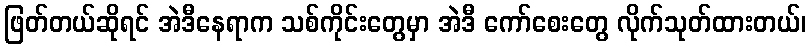
ဖြတ်တယ်ဆိုရင် အဲဒီနေရာက သစ်ကိုင်းတွေမှာ အဲဒီ ကော်စေးတွေ လိုက်သုတ်ထားတယ်၊